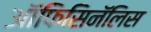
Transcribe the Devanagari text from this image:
ऑफिसिनॅलिस